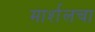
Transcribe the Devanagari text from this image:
मार्शलचा